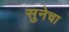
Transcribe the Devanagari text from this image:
सुनेचा